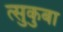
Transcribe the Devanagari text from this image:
त्सुकुबा